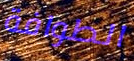
الطوافة